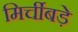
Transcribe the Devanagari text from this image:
मिर्चीबड़े